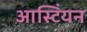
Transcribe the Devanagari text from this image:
आस्टिंयन